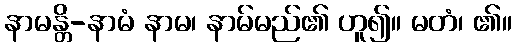
နာမန္တိ-နာမံ နာမ၊ နာမ်မည်၏ ဟူ၍။ မတံ၊ ၏။